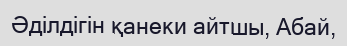
Әділдігін қанеки айтшы, Абай,